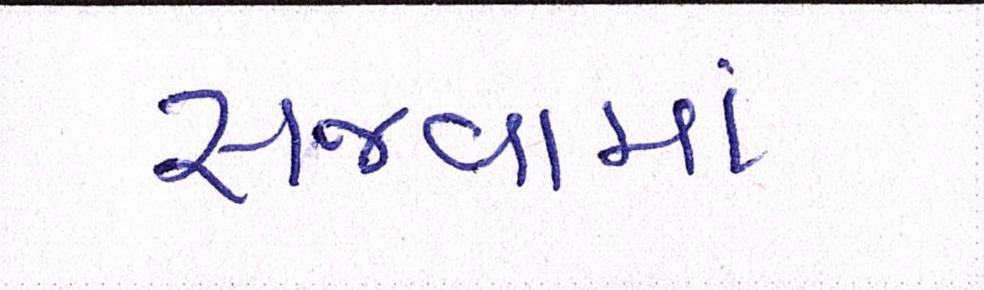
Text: સજવામાં